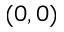
( 0 , 0 )